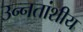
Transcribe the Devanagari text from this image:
उन्नतांशीय